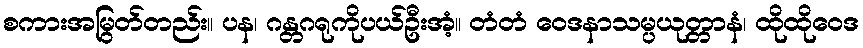
စကားအမြွတ်တည်း။ ပန၊ ဂန္တဂရုကိုပယ်ဦးအံ့။ တံတံ ဝေဒနာသမ္ပယုတ္တာနံ၊ ထိုထိုဝေဒ